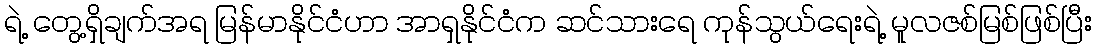
ရဲ့ တွေ့ရှိချက်အရ မြန်မာနိုင်ငံဟာ အာရှနိုင်ငံက ဆင်သားရေ ကုန်သွယ်ရေးရဲ့ မူလဇစ်မြစ်ဖြစ်ပြီး